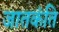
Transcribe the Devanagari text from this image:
जातकंति